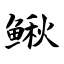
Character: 鳅